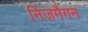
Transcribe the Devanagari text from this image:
निजमैगन